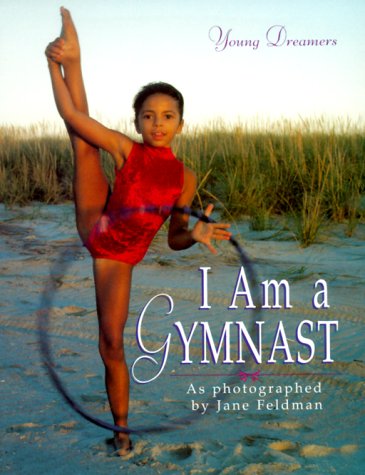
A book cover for I Am a Gymnast (Young Dreamers); Jane Feldman; Children's Books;